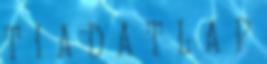
T I A D A T L A P